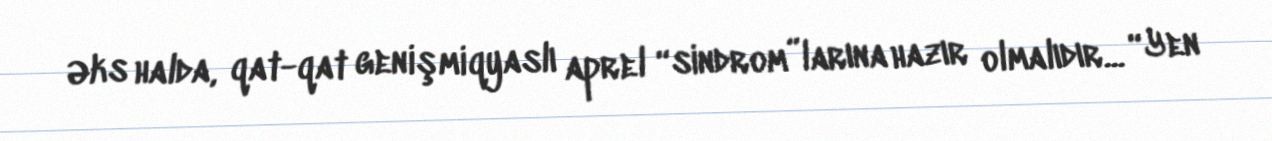
Əks halda, qat-qat genişmiqyaslı aprel “sindrom”larına hazır olmalıdır... “Yen